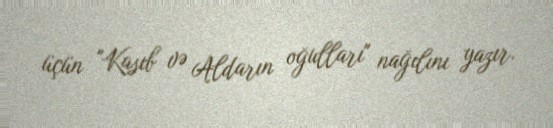
üçün "Kasıb və Aldarın oğulları" nağılını yazır.